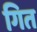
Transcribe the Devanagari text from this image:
गित